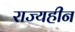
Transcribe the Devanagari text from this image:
राज्यहीन